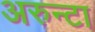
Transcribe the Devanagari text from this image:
अरुन्टा